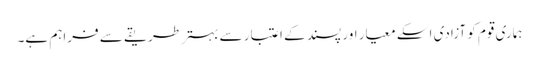
ہماری قوم کو آزادی اسکے معیار اور پسند کے اعتبار سے بہتر طریقے سے فراہم ہے۔